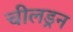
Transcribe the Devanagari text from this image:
चीलड्रन